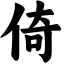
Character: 倚